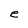
Character: e